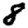
Digit: 8